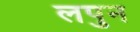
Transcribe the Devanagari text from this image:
लपुन